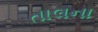
તાલના